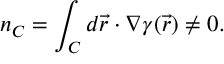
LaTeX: n _ { C } = \int _ { C } d \vec { r } \cdot \nabla \gamma ( \vec { r } ) \neq 0 .